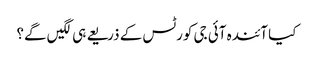
کیا آئندہ آئی جی کورٹس کے ذریعے ہی لگیں گے؟